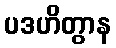
ပဒဟိတွာန